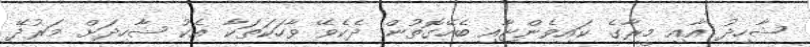
ޝާހިދު އާއި މީރާގެ ކައިވެންޏާއި ބެހޭގޮތުން ދެކެވޭ ވާހަކަތަކާ އެކު ޝާހިދަށް މަރުދޭ